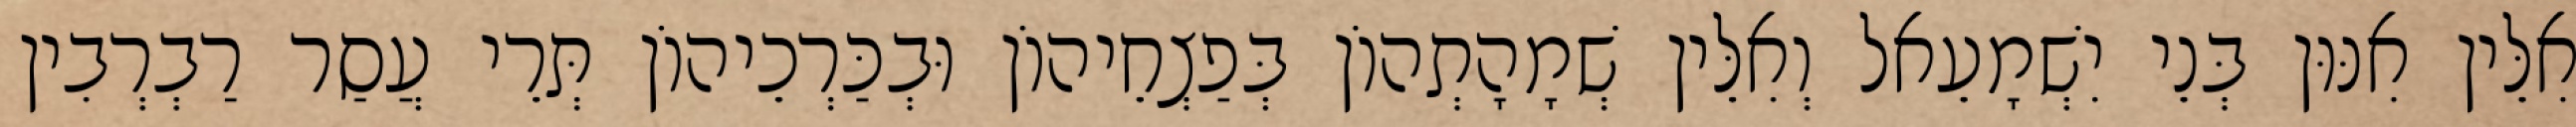
אִלֵּין אִנּוּן בְּנֵי יִשְׁמָעֵאל וְאִלֵּין שְׁמָהָתְהוֹן בְּפַצְחֵיהוֹן וּבְכַּרְכֵיהוֹן תְּרֵי עֲסַר רַבְרְבִין